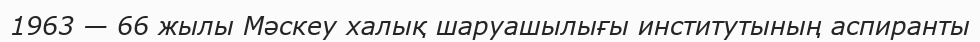
1963 — 66 жылы Мәскеу халық шаруашылығы институтының аспиранты